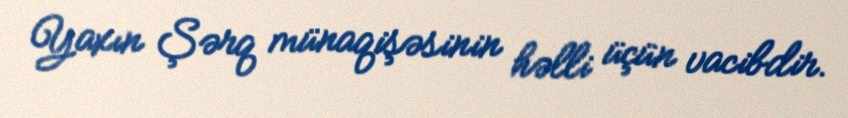
Yaxın Şərq münaqişəsinin həlli üçün vacibdir.